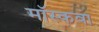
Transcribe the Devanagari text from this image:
मॉस्कवा